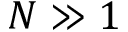
N \gg 1